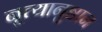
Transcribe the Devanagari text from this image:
नृत्यानुष्ठान